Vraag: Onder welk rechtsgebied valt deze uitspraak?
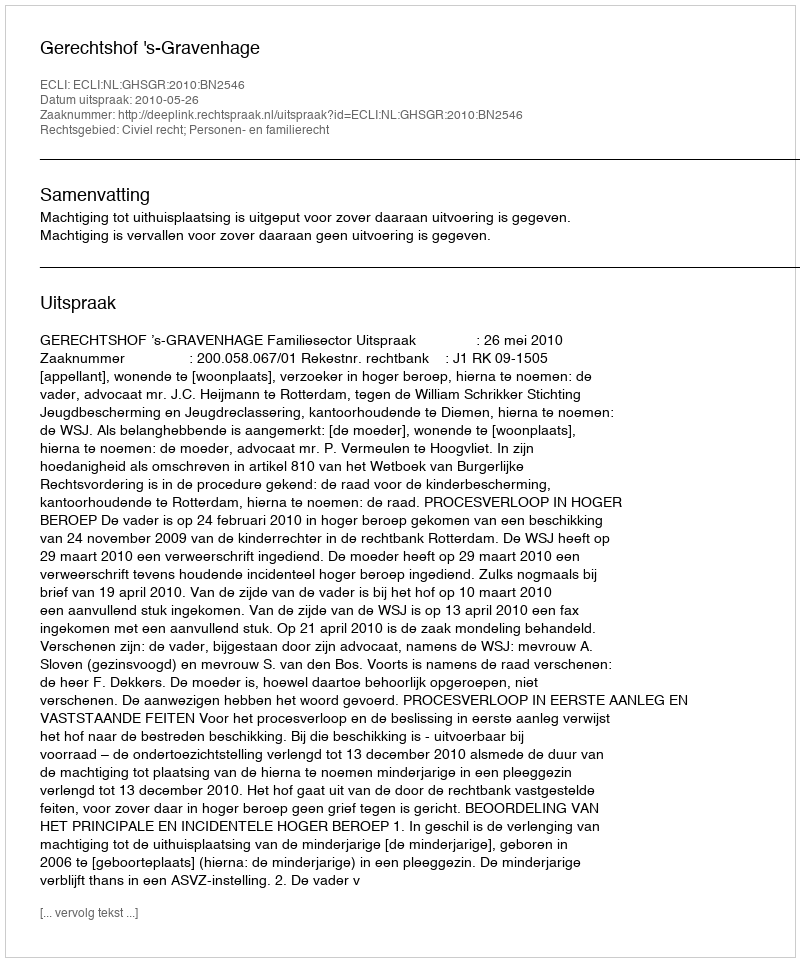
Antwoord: Civiel recht; Personen- en familierecht